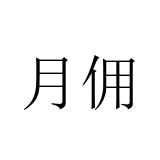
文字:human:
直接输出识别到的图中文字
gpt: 月佣